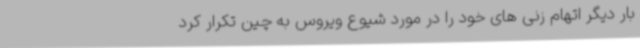
بار دیگر اتهام زنی های خود را در مورد شیوع ویروس به چین تکرار کرد